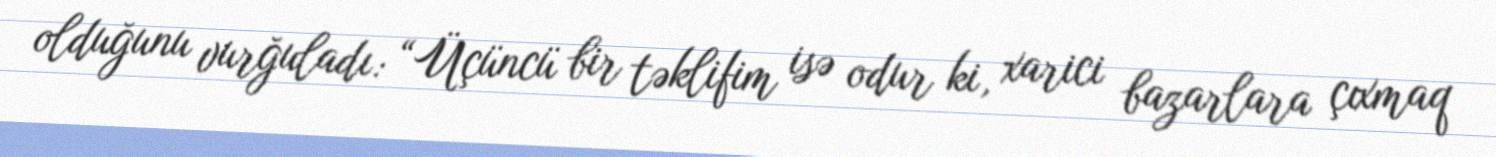
olduğunu vurğuladı: “Üçüncü bir təklifim isə odur ki, xarici bazarlara çıxmaq